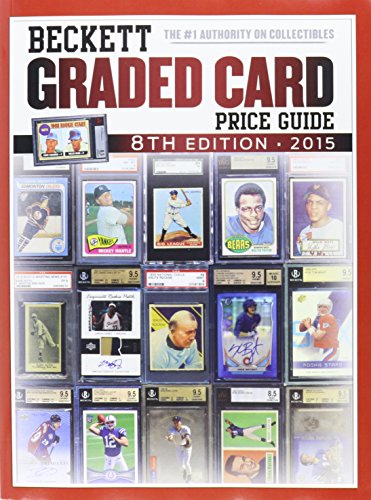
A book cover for Beckett Graded Card Price Guide No. 8; Crafts, Hobbies & Home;